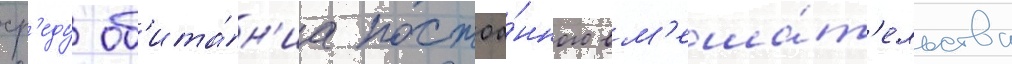
ср'еду об'ита́н'иа постоа́нного вм'еша́т'ельства